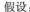
假设：